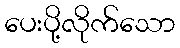
ပေးပို့လိုက်သော